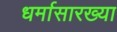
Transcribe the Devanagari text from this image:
धर्मासारख्या